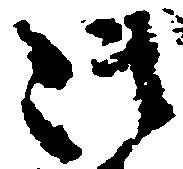
御